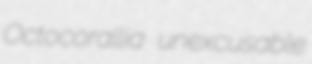
Octocorallia unexcusable